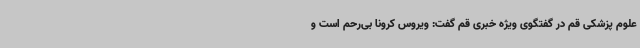
علوم پزشکی قم در گفتگوی ویژه خبری قم گفت: ویروس کرونا بی‌رحم است و